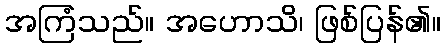
အကြံသည်။ အဟောသိ၊ ဖြစ်ပြန်၏။